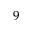
9